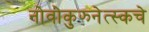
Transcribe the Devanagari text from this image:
नोवोकुझ्नेत्स्कचे